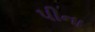
પીના